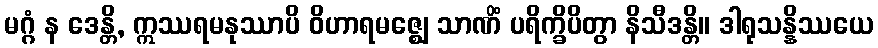
မဂ္ဂံ န ဒေန္တိ, ဣဿရမနုဿာပိ ဝိဟာရမဇ္ဈေ သာဏိံ ပရိက္ခိပိတွာ နိသီဒန္တိ။ ဒါရုသန္နိဿယေ